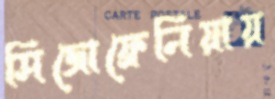
সিজোফ্রেনিয়ায়